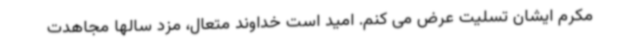
مکرم ایشان تسلیت عرض می کنم. امید است خداوند متعال، مزد سالها مجاهدت